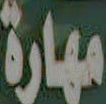
مهارة